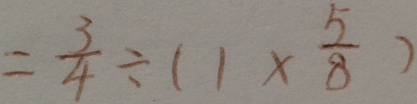
= \frac { 3 } { 4 } \div ( 1 \times \frac { 5 } { 8 } )